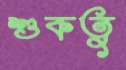
শুকতু